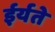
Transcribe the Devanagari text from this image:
ईर्यते